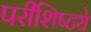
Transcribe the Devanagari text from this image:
परीशिष्ट्ये